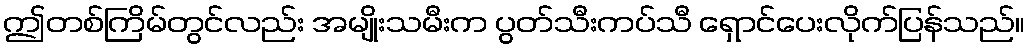
ဤတစ်ကြိမ်တွင်လည်း အမျိုးသမီးက ပွတ်သီးကပ်သီ ရှောင်ပေးလိုက်ပြန်သည်။